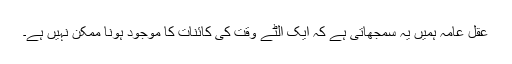
عقل عامہ ہمیں یہ سمجھاتی ہے کہ ایک الٹے وقت کی کائنات کا موجود ہونا ممکن نہیں ہے۔